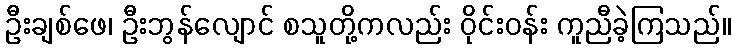
ဦးချစ်ဖေ၊ ဦးဘွန်လျောင် စသူတို့ကလည်း ဝိုင်းဝန်း ကူညီခဲ့ကြသည်။